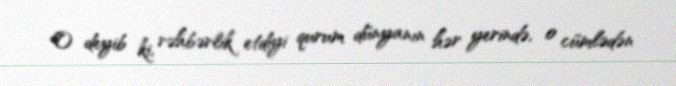
O deyib ki, rəhbərlik etdiyi qurum dünyanın hər yerində, o cümlədən